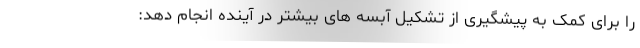
را برای کمک به پیشگیری از تشکیل آبسه های بیشتر در آینده انجام دهد: